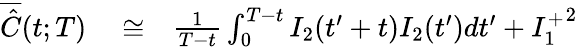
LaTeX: \begin{array}{rlr}{\overline{{\hat{C}}}(t;T)}&{{}\cong}&{\frac{1}{T-t}\int_{0}^{T-t}I_{2}(t^{\prime}+t)I_{2}(t^{\prime})dt^{\prime}+{I_{1}^{+}}^{2}}\end{array}